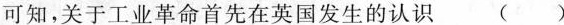
可知，关于工业革命首先在英国发生的认识 ()